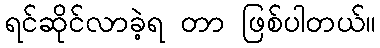
ရင်ဆိုင်လာခဲ့ရ တာ ဖြစ်ပါတယ်။